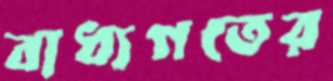
বাধ্যগতের